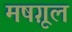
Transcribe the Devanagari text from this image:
मषग़ूल